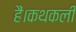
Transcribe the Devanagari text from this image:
हैं।कथकली